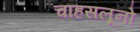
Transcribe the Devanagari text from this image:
चाहसलूनो